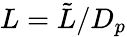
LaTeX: L={\tilde{L}}/{D_{p}}